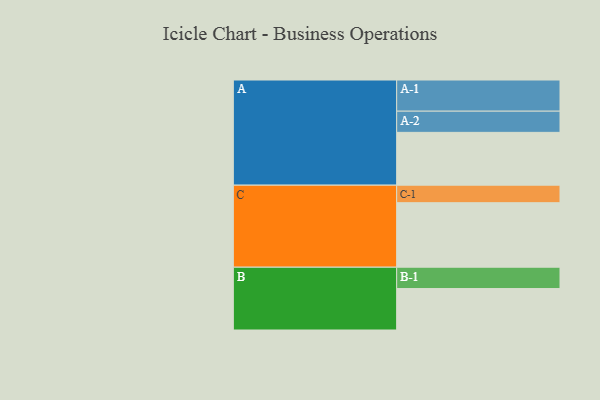
{"axis": {"x": "Segment", "y": "Value"}, "legend": ["", "A", "B", "C"], "data": [{"x": "A", "y": 461, "type": ""}, {"x": "B", "y": 362, "type": ""}, {"x": "C", "y": 563, "type": ""}, {"x": "A-1", "y": 272, "type": "A"}, {"x": "A-2", "y": 185, "type": "A"}, {"x": "B-1", "y": 186, "type": "B"}, {"x": "C-1", "y": 153, "type": "C"}]}